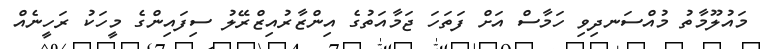
މައުލޫމާތު މުއްސަނދިވި ހަމާސް އަށް ފަތަހަ ޖަމާއަތުގެ އިންޒާރުއިޒްރޭލު ސިފައިންގެ މީހަކު ރަހީނެއް